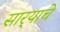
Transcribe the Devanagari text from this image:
सार्‍याचे